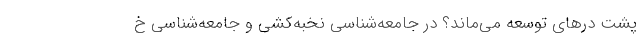
پشت درهای توسعه می‌مانَد؟ در جامعه‌شناسی نخبه‌کشی و جامعه‌شناسی خ